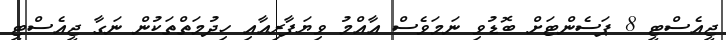
ޖީއެސްޓީ 8 ޕަސެންޓަށް ބޮޑުވި ނަމަވެސް އާއްމު ވިޔަފާރިއާއި ހިދުމަތްތަކުން ނަގާ ޖީއެސްޓީ